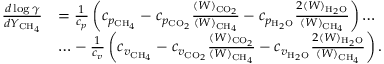
\begin{array} { r l } { \frac { d \log \gamma } { d Y _ { \mathrm { C H } _ { 4 } } } } & { = \frac { 1 } { c _ { p } } \left( c _ { p _ { \mathrm { C H } _ { 4 } } } - c _ { p _ { { \mathrm { C O } _ { 2 } } } } \frac { ( W ) _ { { \mathrm { C O } _ { 2 } } } } { ( W ) _ { \mathrm { C H } _ { 4 } } } - c _ { p _ { \mathrm { H } _ { 2 } \mathrm { O } } } \frac { 2 ( W ) _ { \mathrm { H } _ { 2 } \mathrm { O } } } { ( W ) _ { \mathrm { C H } _ { 4 } } } \right) \ldots } \\ & { \ldots - \frac { 1 } { c _ { v } } \left( c _ { v _ { \mathrm { C H } _ { 4 } } } - c _ { v _ { { \mathrm { C O } _ { 2 } } } } \frac { ( W ) _ { { \mathrm { C O } _ { 2 } } } } { ( W ) _ { \mathrm { C H } _ { 4 } } } - c _ { v _ { \mathrm { H } _ { 2 } \mathrm { O } } } \frac { 2 ( W ) _ { \mathrm { H } _ { 2 } \mathrm { O } } } { ( W ) _ { \mathrm { C H } _ { 4 } } } \right) . } \end{array}